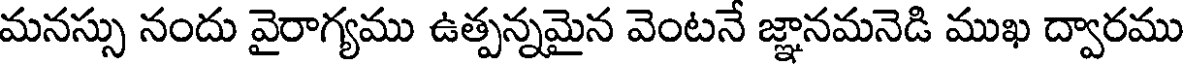
మనస్సు నందు వైరాగ్యము ఉత్పన్నమైన వెంటనే జ్ఞానమనెడి ముఖ ద్వారము